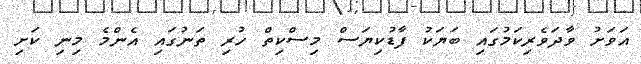
އަވަށު ވާދަވެރިކަމުގައި ބަޔަކު ފާޑުކިޔަސް މިސްކިތް ހުރި ތަނުގައި އެންމެ މިނި ކަށި